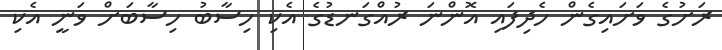
ރަށުގެ ވަށައިގެން ހެދިފައި އޮންނަ ރުއްގަނޑުގެ އެކި ހިސާބު ހިސާބަށް ވަނީ އެކި